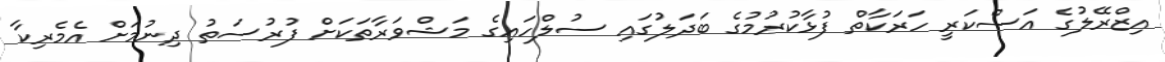
އިޒްރޭލުގެ އަސްކަރީ ހަރަކާތް ފުޅާކުރުމުގެ ބަދަލުގައި ސުލްހައިގެ މަޝްވަރާތަކަށް ފުރުސަތު ދިނުމަށް އެމެރިކާ